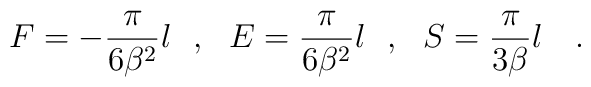
F=-{\pi \over 6\beta^2} {l}~~,~~E={\pi \over 6\beta^2} {l}~~,~~S={\pi \over 3\beta}{ l}~~~.